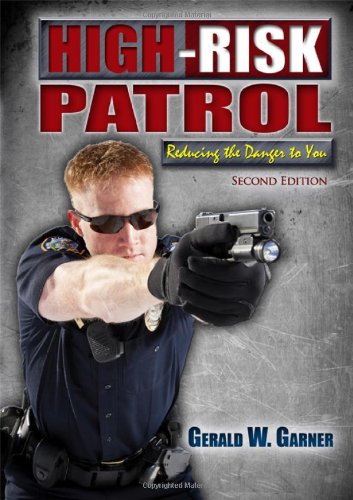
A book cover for High-Risk Patrol: Reducing the Danger to You; Gerald W. Garner; Politics & Social Sciences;